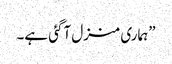
”ہماری منزل آگئی ہے۔